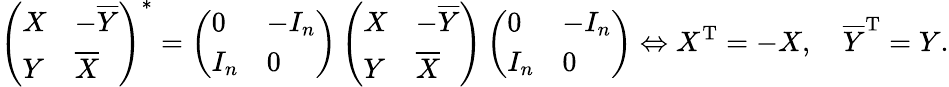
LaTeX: \left({\begin{array}{ll}{X}&{-{\overline{{Y}}}}\\ {Y}&{{\overline{{X}}}}\end{array}}\right)^{*}=\left({\begin{array}{ll}{0}&{-I_{n}}\\ {I_{n}}&{0}\end{array}}\right)\left({\begin{array}{ll}{X}&{-{\overline{{Y}}}}\\ {Y}&{{\overline{{X}}}}\end{array}}\right)\left({\begin{array}{ll}{0}&{-I_{n}}\\ {I_{n}}&{0}\end{array}}\right)\Leftrightarrow X^{\mathrm{T}}=-X,\quad{\overline{{Y}}}^{\mathrm{T}}=Y.